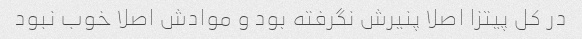
در کل پیتزا اصلا پنیرش نگرفته بود و موادش اصلا خوب نبود